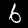
Digit: 6